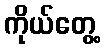
ကိုယ်တွေ့